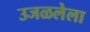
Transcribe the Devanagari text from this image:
उजळलेला